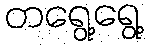
တရွေ့ရွေ့